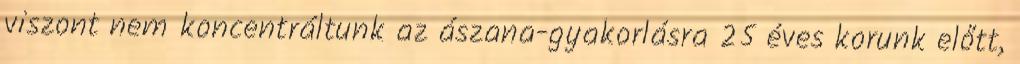
viszont nem koncentráltunk az ászana-gyakorlásra 25 éves korunk előtt,